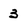
Character: 3